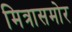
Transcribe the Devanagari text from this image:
मित्रासमोर